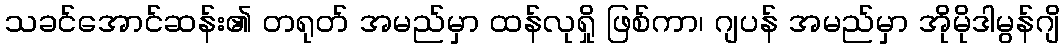
သခင်အောင်ဆန်း၏ တရုတ် အမည်မှာ ထန်လုရှို ဖြစ်ကာ၊ ဂျပန် အမည်မှာ အိုမိုဒါမွန်ဂျိ